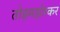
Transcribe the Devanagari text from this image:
तोड़मड़ोरकर